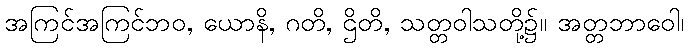
အကြင်အကြင်ဘဝ, ယောနိ, ဂတိ, ဌိတိ, သတ္တဝါသတို့၌။ အတ္တဘာဝေါ၊